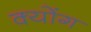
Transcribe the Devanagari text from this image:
क्योंग